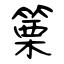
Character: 篥